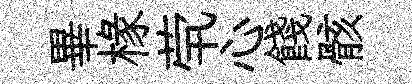
畢椽茕心餞骸